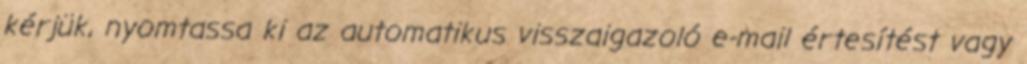
kérjük, nyomtassa ki az automatikus visszaigazoló e-mail értesítést vagy